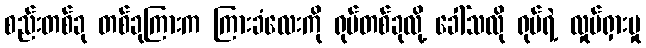
စည်းတစ်ခု တစ်ခုကြားက ကြားခံလေးကို ရုပ်တစ်ခုလို့ ခေါ်သလို ရုပ်ရဲ့ လှုပ်ရှားမှု